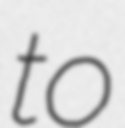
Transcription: to